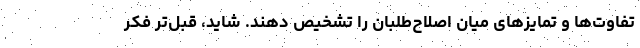
تفاوت‌ها و تمایزهای میان اصلاح‌طلبان را تشخیص دهند. شاید، قبل‌تر فکر